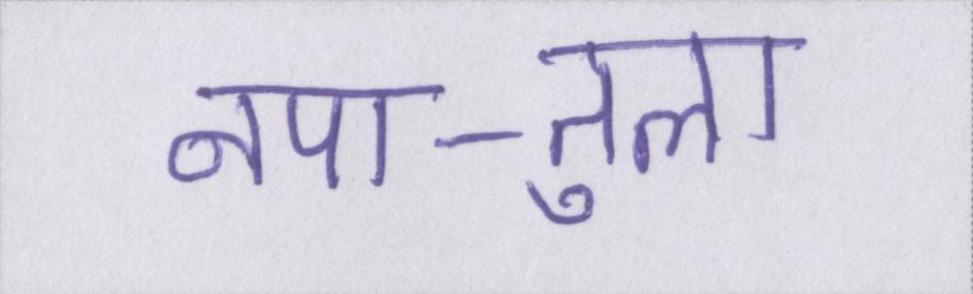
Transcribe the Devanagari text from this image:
नपा-तुला